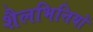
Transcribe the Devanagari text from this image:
शैलभित्तियों